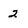
Character: 2